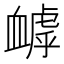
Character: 𧗌